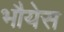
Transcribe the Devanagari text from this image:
भौयेस